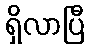
ရှိလာပြီ